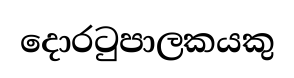
දොරටුපාලකයකු